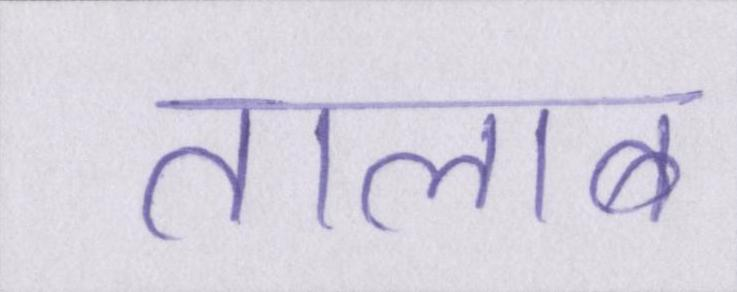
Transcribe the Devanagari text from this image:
तालाब